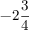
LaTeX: - 2 { \frac { 3 } { 4 } }